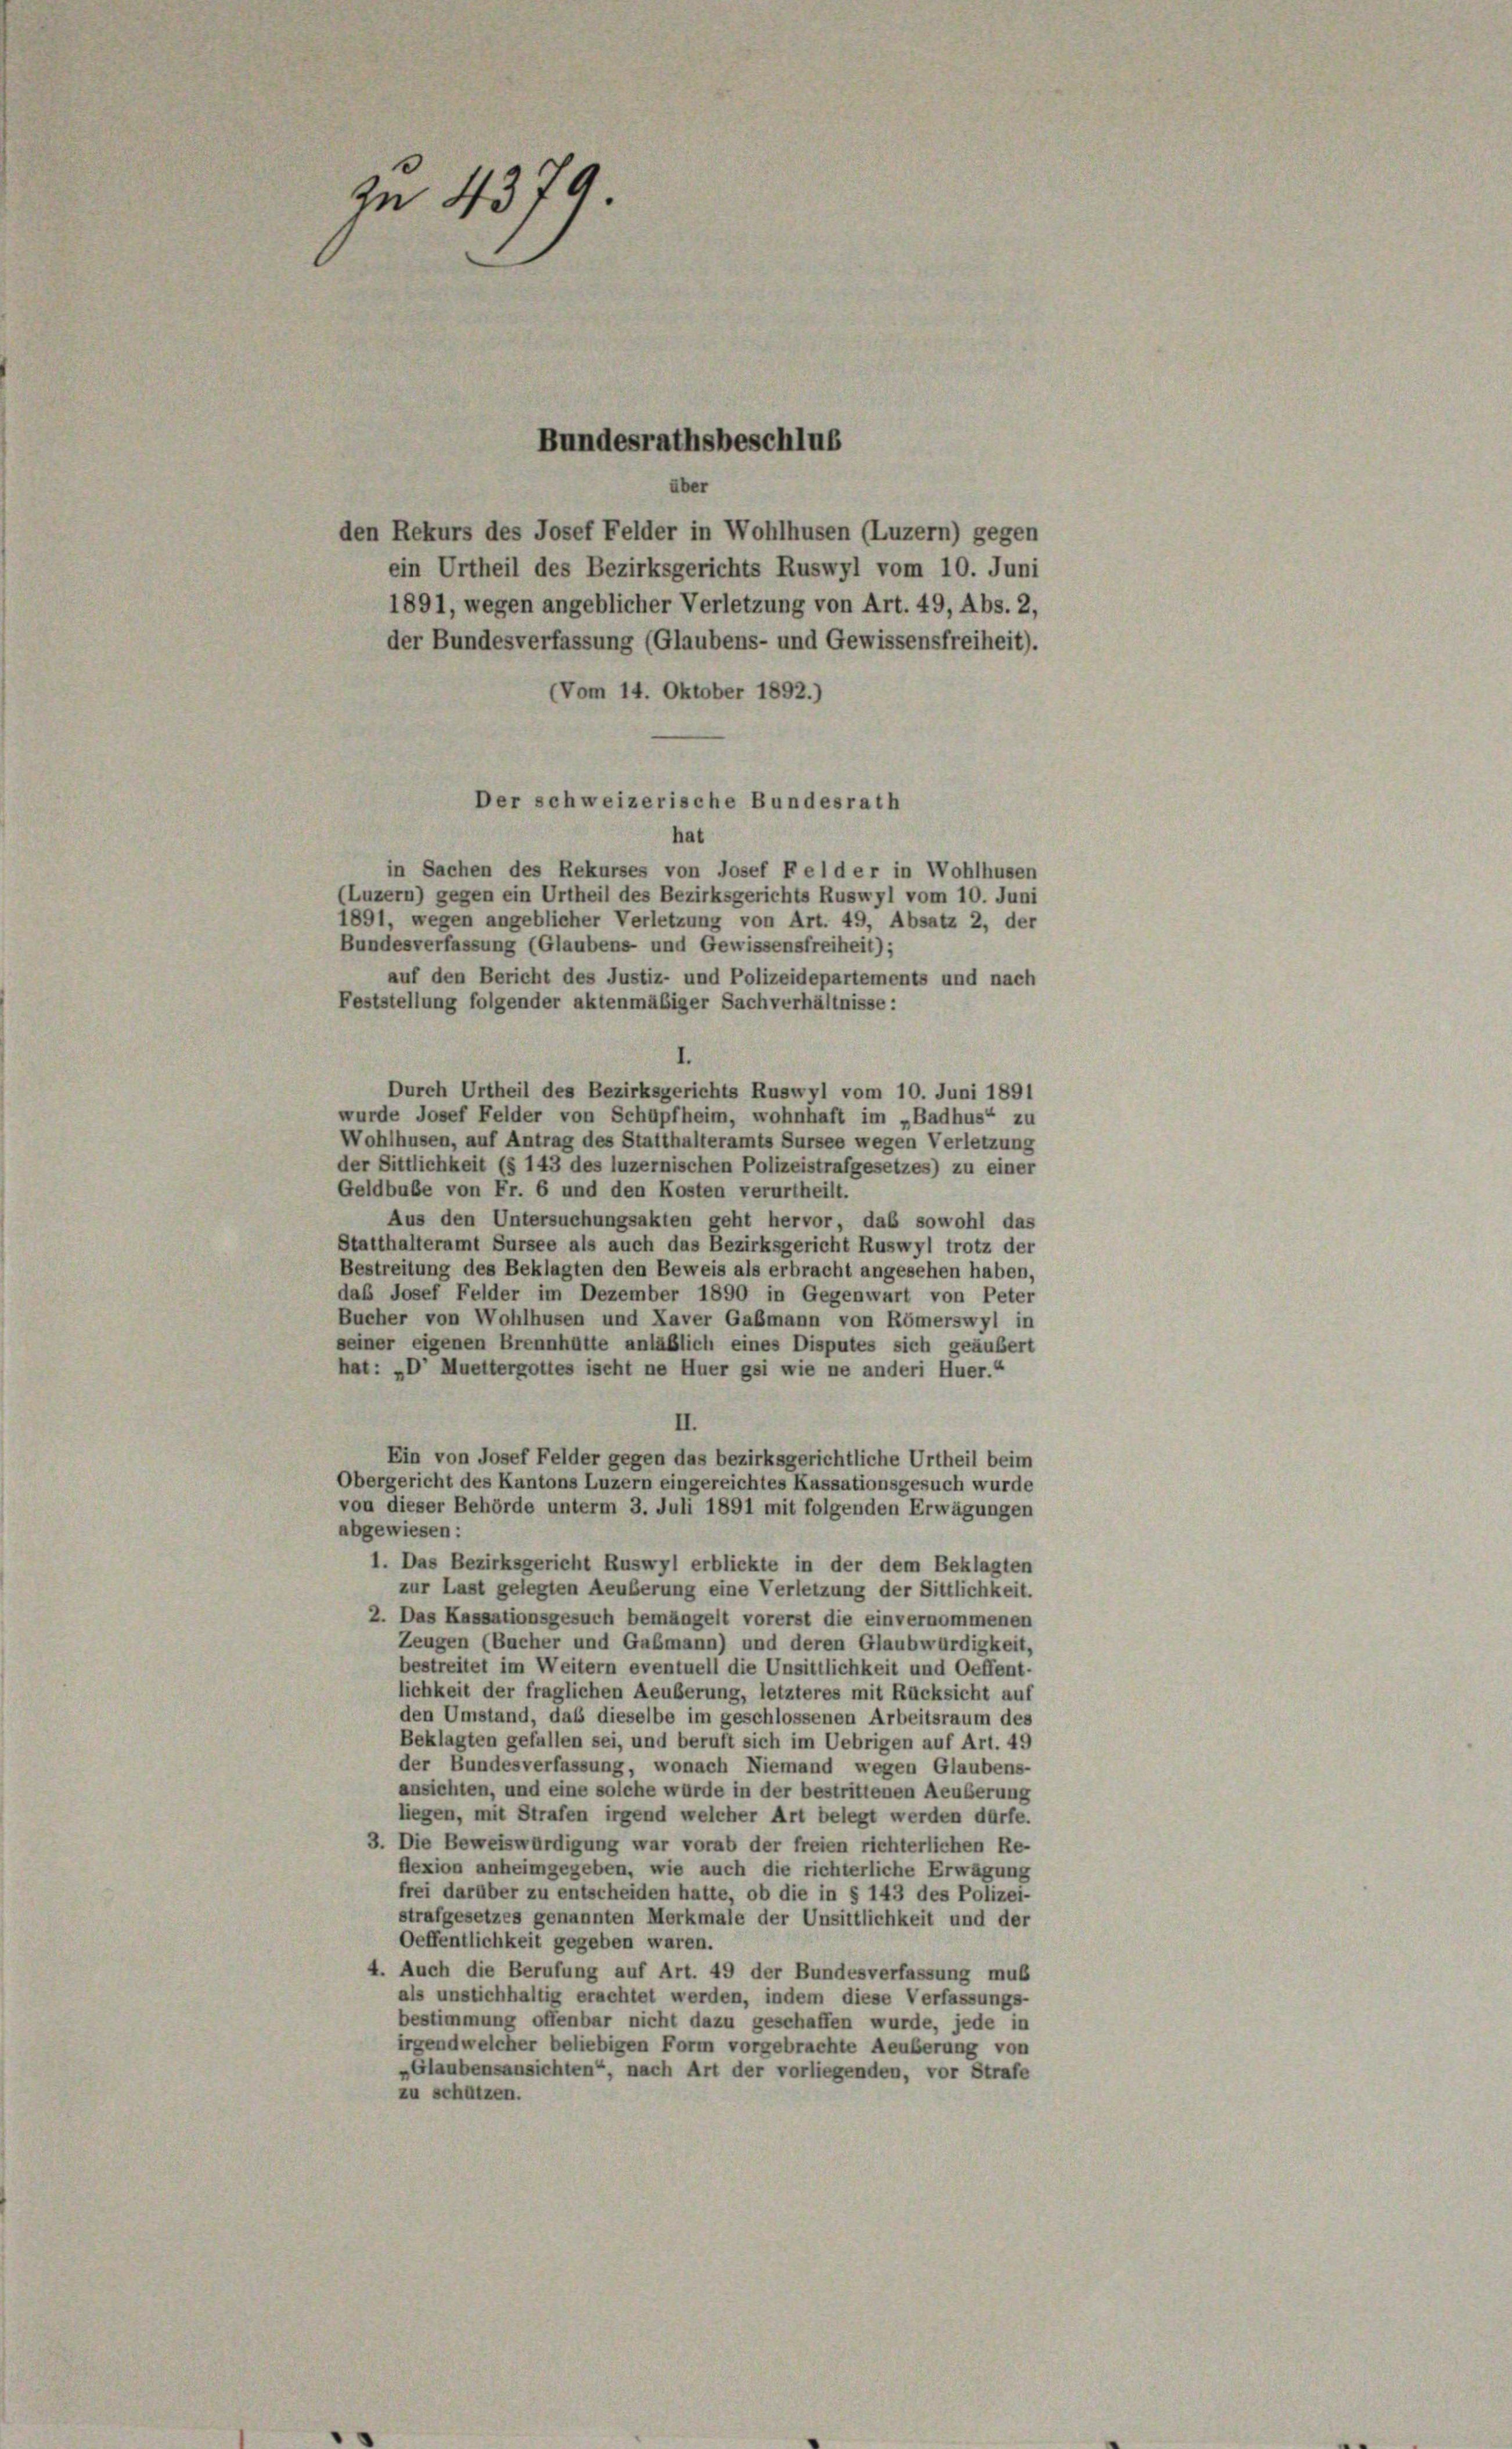
Zn 4379
Bundesrathsbeschlus
den Rekurs des Josef Felder in Wohlhusen (Luzern) gegen

(Vom 14. Oktober 1892.)
Der schweizerische Bundesrath
hat

ein Urtheil des Bezirksgerichts Ruswyl vom 10. Juni
1891, wegen angeblicher Verletzung von Art. 49, Abs. 2,
der Bundesverfassung (Glaubens- und Gewissensfreiheit).
in Sachen des Rekurses von Josef Felder in Wohlhusen
(Luzern) gegen ein Urtheil des Bezirksgerichts Ruswyl vom 10. Juni
1891, wegen angeblicher Verletzung von Art. 49, Absatz 2, der
Bundesverfassung (Glaubens- und Gewissensfreiheit);
auf den Bericht des Justiz- und Polizeidepartements und nach
Feststellung folgender aktenmäßiger Sachverhältnisse:
Durch Urtheil des Bezirksgerichts Ruswyl vom 10. Juni 1891
wurde Josef Felder von Schüpfheim, wohnhaft im „Badhus“ zu
Wohlhusen, auf Antrag des Statthalteramts Sursee wegen Verletzung
der Sittlichkeit (§ 143 des luzernischen Polizeistrafgesetzes) zu einer
Geldbuße von Fr. 6 und den Kosten verurtheilt.
Aus den Untersuchungsakten geht hervor, daß sowohl das
Statthalteramt Sursee als auch das Bezirksgericht Ruswyl trotz der
Bestreitung des Beklagten den Beweis als erbracht angesehen haben,
daß Josef Felder im Dezember 1890 in Gegenwart von Peter
Bucher von Wohlhusen und Laver Gaßmann von Römerswyl in
seiner eigenen Brennhütte anläßlich eines Disputes sich geäußert
hat: „D’ Muettergottes ischt ne Huer gei wie ne anderi Huer.“
II.
Ein von Josef Felder gegen das bezirksgerichtliche Urtheil beim
Obergericht des Kantons Luzern eingereichtes Kassationsgesuch wurde
von dieser Behörde unterm 3. Juli 1891 mit folgenden Erwägungen
abgewiesen:
1. Das Bezirksgericht Ruswyl erblickte in der dem Beklagten
zur Last gelegten Aeußerung eine Verletzung der Sittlichkeit.
2. Das Kassationsgesuch bemängelt vorerst die einvernommenen
Zeugen (Bucher und Gaßmann) und deren Glaubwürdigkeit,
bestreitet im Weitern eventuell die Unsittlichkeit und Oeffent-
lichkeit der fraglichen Aeußerung, letzteres mit Rücksicht auf
den Umstand, daß dieselbe im geschlossenen Arbeitsraum des
Beklagten gefallen sei, und beruft sich im Uebrigen auf Art. 49
der Bundesverfassung, wonach Niemand wegen Glaubens-
ansichten, und eine solche wurde in der bestrittenen Aeußerung
liegen, mit Strafen irgend welcher Art belegt werden dürfe.
3. Die Beweiswürdigung war vorab der freien richterlichen Re-
dlexion anheimgegeben, wie auch die richterliche Erwägung
frei darüber zu entscheiden hatte, ob die in § 143 des Polizei-
strafgesetzes genannten Merkmale der Unsittlichkeit und der
Oeffentlichkeit gegeben waren.
4. Auch die Berufung auf Art. 49 der Bundesverfassung muß
als unstichhaltig erachtet werden, indem diese Verfassungs-
bestimmung offenbar nicht dazu geschaffen wurde, jede in
irgendwelcher beliebigen Form vorgebrachte Aeußerung von
„Glaubensansichten, nach Art der vorliegenden, vor Strafe
zu schützen.